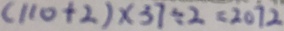
( 1 1 0 + 2 ) \times 3 7 \div 2 = 2 0 7 2